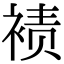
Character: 𫌀